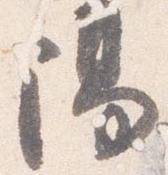
陽